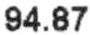
94.87